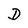
Character: D